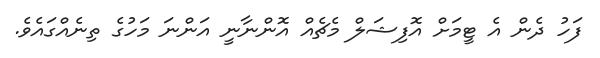
ފަހު ދެން އެ ޓީމަށް އޮފިޝަލް މެޗެއް އޮންނާނީ އަންނަ މަހުގެ ތިނެއްގައެވެ.